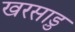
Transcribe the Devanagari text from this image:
खरसाड़ु